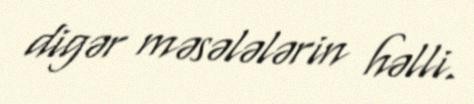
digər məsələlərin həlli.